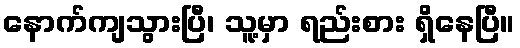
နောက်ကျသွားပြီ၊ သူ့မှာ ရည်းစား ရှိနေပြီ။